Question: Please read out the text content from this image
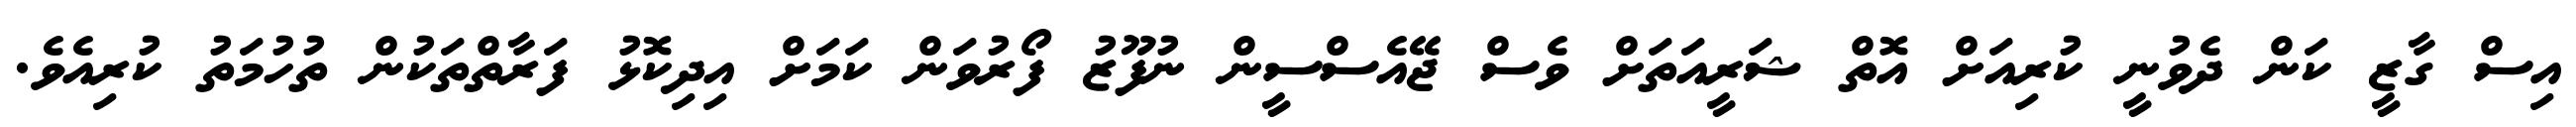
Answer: އިސް ގާޒީ ކަން ދެވުނީ ކުރިއަށް އޮތް ޝަރީއަތަށް ވެސް ޖޭއެސްސީން ނުފޫޒު ފޯރުވަން ކަމަށް އިދިކޮޅު ފަރާތްތަކުން ތުހުމަތު ކުރިއެވެ.